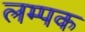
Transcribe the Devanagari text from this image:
लम्पक